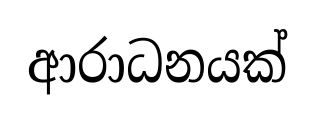
ආරාධනයක්